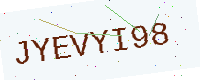
Text: JYEVYI98